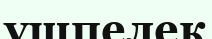
үшпелек